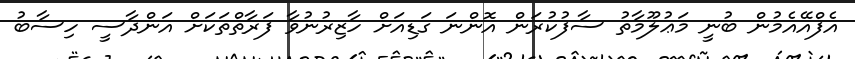
އެފްއޭއެމުން ބުނީ މަޢުލޫމާތު ސާފުކުރަން އޮންނަ ގަޑިއަށް ހާޒިރުނުވާ ފަރާތްތަކަށް އަންދާސީ ހިސާބު